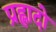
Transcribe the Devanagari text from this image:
प्रह्लादो